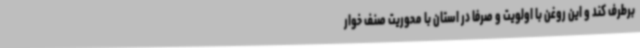
برطرف کند و این روغن با اولویت و صرفا در استان با محوریت صنف خوار